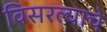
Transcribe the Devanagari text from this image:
विसरल्याचे